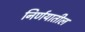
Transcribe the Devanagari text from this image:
निर्णयातील